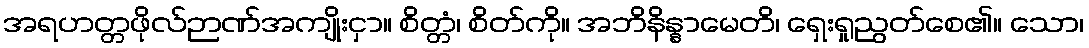
အရဟတ္တဖိုလ်ဉာဏ်အကျိုးငှာ။ စိတ္တံ၊ စိတ်ကို။ အဘိနိန္နာမေတိ၊ ရှေးရှုညွတ်စေ၏။ သော၊